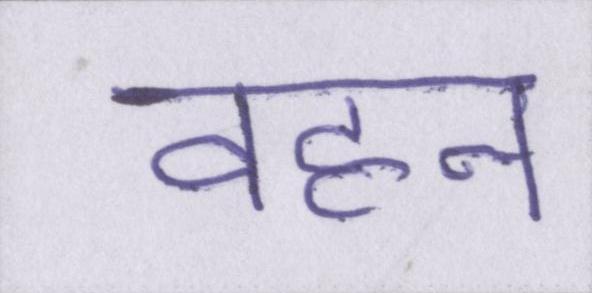
वहन